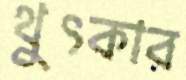
থুৎকার